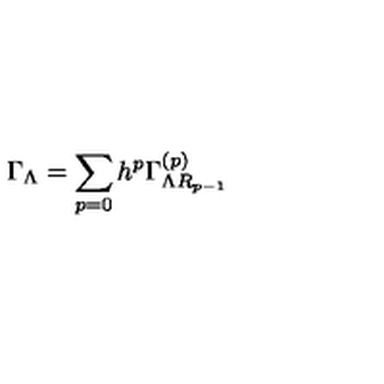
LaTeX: \Gamma _ { \Lambda } = \sum _ { p = 0 } h ^ { p } \Gamma _ { \Lambda R _ { p - 1 } } ^ { \left( p \right) }